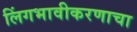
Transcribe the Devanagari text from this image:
लिंगभावीकरणाचा